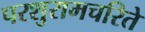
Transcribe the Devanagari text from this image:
परशुरामचरिते